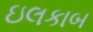
ઇલકાબ